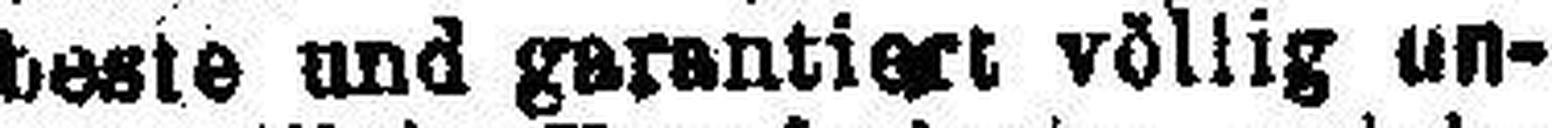
beste und garantiert völlig un¬